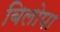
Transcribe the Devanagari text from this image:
बिलोपा